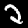
Label: 2